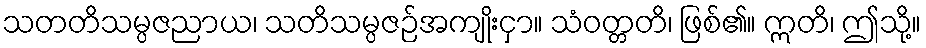
သတတိသမ္ပဇညာယ၊ သတိသမ္ပဇဉ်အကျိုးငှာ။ သံဝတ္တတိ၊ ဖြစ်၏။ ဣတိ၊ ဤသို့။